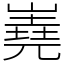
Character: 嶤